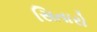
સિતારો